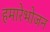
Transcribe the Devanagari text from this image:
हमारेभोजन